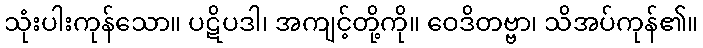
သုံးပါးကုန်သော။ ပဋိပဒါ၊ အကျင့်တို့ကို။ ဝေဒိတဗ္ဗာ၊ သိအပ်ကုန်၏။